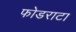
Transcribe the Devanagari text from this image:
फोडराटा